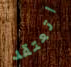
اتعتقد